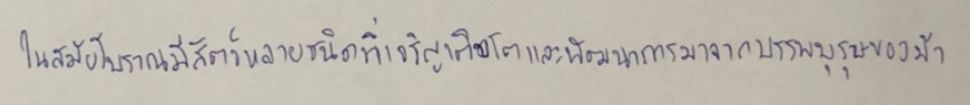
ในสมัยโบราณมีสัตว์หลายชนิดที่เจริญเติบโตและพัฒนาการมาจากบรรพบุรุษของม้า